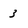
Character: 3